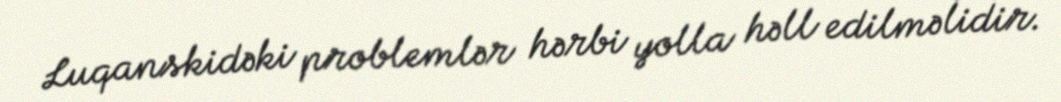
Luqanskidəki problemlər hərbi yolla həll edilməlidir.